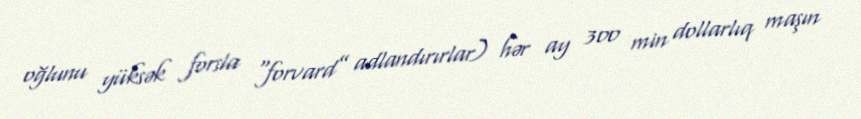
oğlunu yüksək forsla “forvard” adlandırırlar) hər ay 300 min dollarlıq maşın